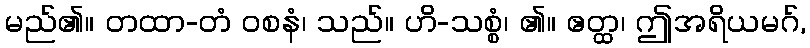
မည်၏။ တထာ-တံ ဝစနံ၊ သည်။ ဟိ-သစ္စံ၊ ၏။ ဧတ္ထ၊ ဤအရိယမဂ်,